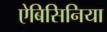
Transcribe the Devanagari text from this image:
ऐबिसिनिया